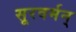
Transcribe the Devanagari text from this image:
सूरवर्मन्